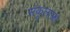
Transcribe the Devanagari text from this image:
संकूलाला